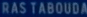
RAS TABOUDA